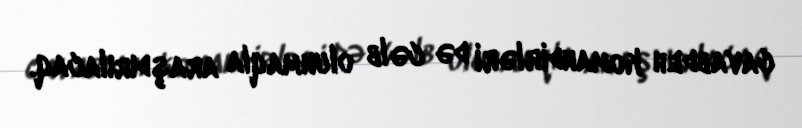
cavabdeh komandirləri də cəlb olunmaqla araşdırılacaq.